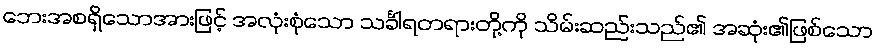
ဘေးအစရှိသောအားဖြင့် အလုံးစုံသော သင်္ခါရတရားတို့ကို သိမ်းဆည်းသည်၏ အဆုံး၏ဖြစ်သော